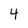
Character: 4